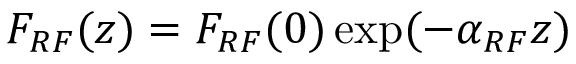
F _ { R F } ( z ) = F _ { R F } ( 0 ) \exp ( - \alpha _ { R F } z )